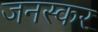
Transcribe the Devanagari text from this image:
जनस्‍कर